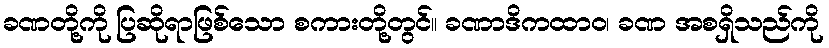
ခဏတို့ကို ပြဆိုရာဖြစ်သော စကားတို့တွင်။ ခဏာဒိကထာဝ၊ ခဏ အစရှိသည်ကို